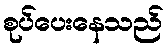
စုပ်ပေးနေသည်